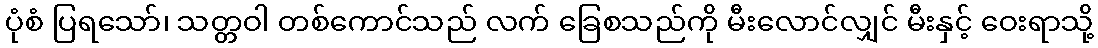
ပုံစံ ပြရသော်၊ သတ္တဝါ တစ်ကောင်သည် လက် ခြေစသည်ကို မီးလောင်လျှင် မီးနှင့် ဝေးရာသို့